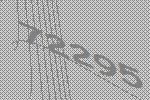
72295